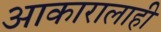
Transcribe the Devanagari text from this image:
आकारालाही